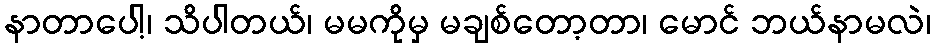
နာတာပေါ့၊ သိပါတယ်၊ မမကိုမှ မချစ်တော့တာ၊ မောင် ဘယ်နာမလဲ၊